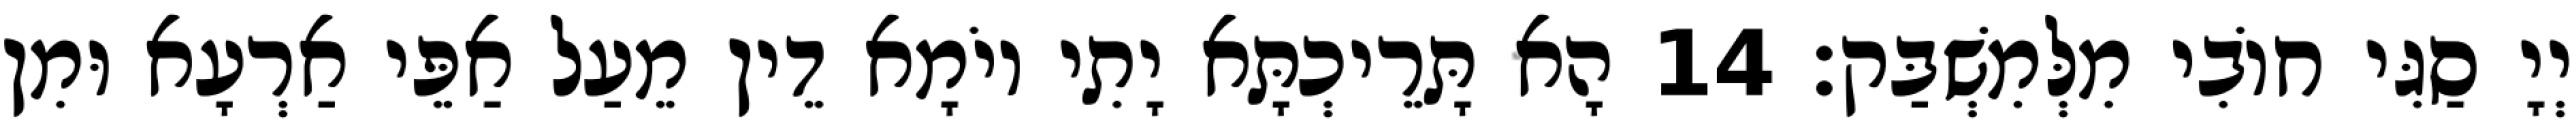
יְיָ סַגִּי חוֹבִי מִלְּמִשְׁבַּק׃ 14 הָא תָּרֵיכְתָּא יָתִי יוֹמָא דֵין מֵעַל אַפֵּי אַרְעָא וּמִן